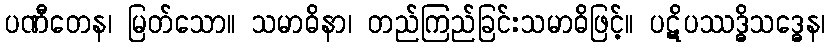
ပဏီတေန၊ မြတ်သော။ သမာဓိနာ၊ တည်ကြည်ခြင်းသမာဓိဖြင့်။ ပဋိပဿဒ္ဓိသဒ္ဓေန၊